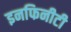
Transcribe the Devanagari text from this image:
इनफिनीटी